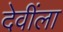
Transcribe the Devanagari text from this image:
देवींला